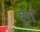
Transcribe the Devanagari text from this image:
घूसे